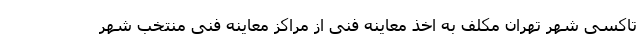
تاکسی شهر تهران مکلف به اخذ معاینه فنی از مراکز معاینه فنی منتخب شهر